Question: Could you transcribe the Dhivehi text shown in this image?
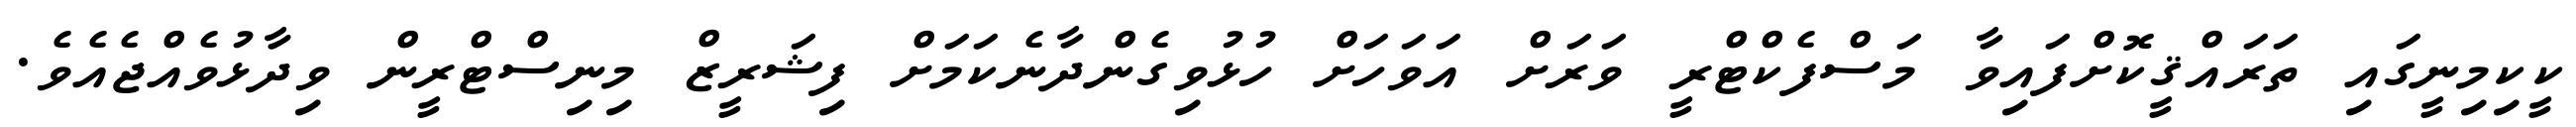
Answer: ކީކިމިނީގައި ތަރައްޤީކޮށްފައިވާ މަސްފެކްޓްރީ ވަރަށް އަވަހަށް ހުޅުވިގެންދާނެކަމަށް ފިޝަރީޒް މިނިސްޓްރީން ވިދާޅުވެއްޖެއެވެ.